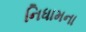
નિધામના